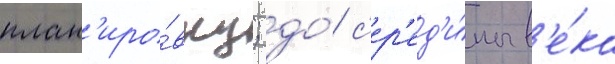
план'иро́вку; до́ с'ер'ед'и́ны в'е́ка